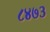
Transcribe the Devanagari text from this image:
८४७३